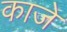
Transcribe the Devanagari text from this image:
काजे